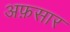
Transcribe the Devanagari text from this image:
अफ़सार